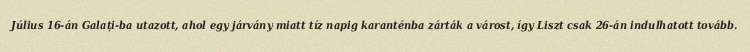
Július 16-án Galați-ba utazott, ahol egy járvány miatt tíz napig karanténba zárták a várost, így Liszt csak 26-án indulhatott tovább.